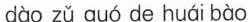
Jùo zü guó de hui bàc了